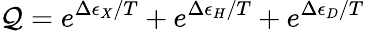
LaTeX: \mathcal{Q}=e^{\Delta\epsilon_{X}/T}+e^{\Delta\epsilon_{H}/T}+e^{\Delta\epsilon_{D}/T}